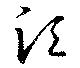
須